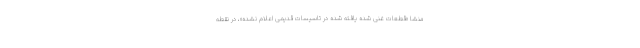
منشا «قطعات غنی شده یافته شده در تاسیسات قدیمی اعلام نشده»، در نقطه